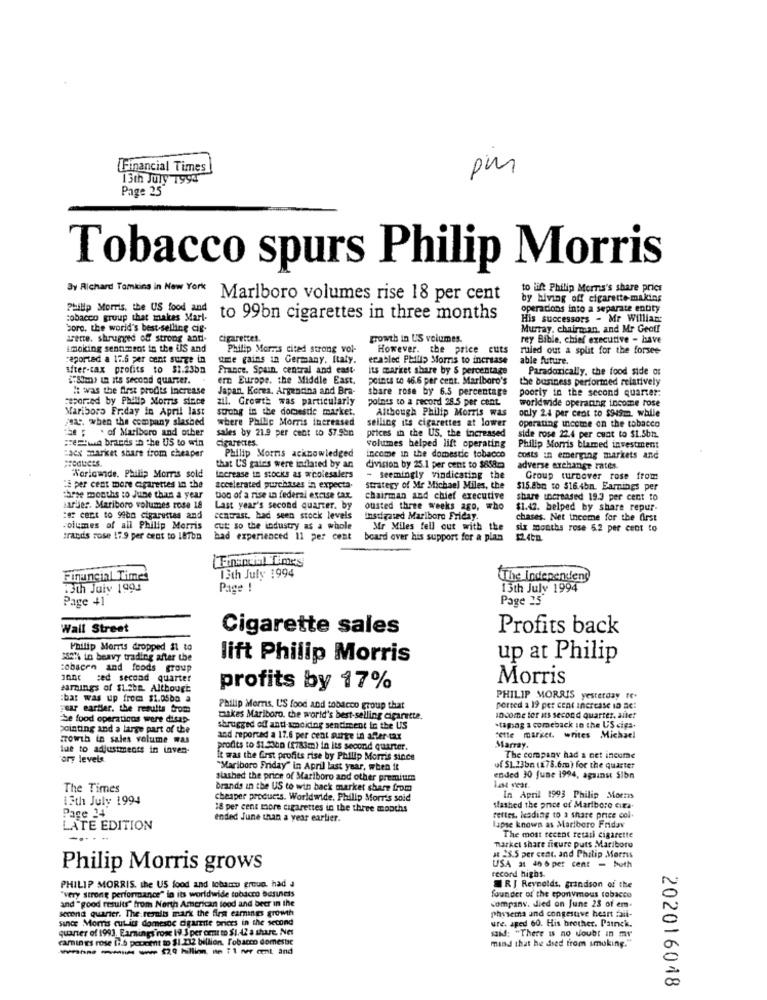
Financial Times
pm
1 3th July 1994
Page 25"
Tobacco spurs Philip Morris
By Richard Tomkins in New York
to lift Philip Morris's share price
Marlboro volumes rise 18 per cent
by hiving off cigarette-making
Phillip Morris, the US food and
operations into a separate entity
tobacco group that makes Marl-
to 99bn cigarettes in three months
His successors - Mr William
boro. the world's best-selling cig-
Murray, chairman, and Mr Geoff
Lene. shrugged of strong and.
cigarettes.
growth in US volumes.
rey Bible, chief executive - have
smoking sentiment in the ils and
Philip Mors cited strong vol-
However.
the price cuts
ruled out a split for the forsee
reported a 17.6 per cent surge in
ume gains in Germany, Italy.
enabled Philip Morris to increase
able future.
after-tax profits to $1.23bn
France, Spain, central and east-
its market share by 5 percentage
Paradoxically, the food side or
$8m) in its second quarter.
ern Europe. the Middle East.
points to 46.6 per cent. Marlboro's
the business performed relatively
#: was the first prodis increase
Japan. Korea, Argentina and Bra-
share rose by 6.5 percentage
caporzed by Phillip Morris since
211. Growth was particularly
points to a record 28.5 per cent.
poorly in the second quarter.
Mariboro Friday in April last
strong in the domestic market.
Although Philip Morris was
worldwide operating income rose
st. when the company slashed
where Phillip Morris increased
selling its cigarettes at lower
only 2.4 per cent to $949m. while
operating income on the tobacco
"se ; . of Mariboro and other
sales by 21.9 per cent to 57.9bn
prices in the US. the increased
Ferwa brands to the US to win
cigarettes.
volumes helped lift operating
side rose 22.4 per cunt to $1.5bn.
Philip Morris blamed investment
caex market share from cheaper
Philip Morris acknowledged
income in the domestic tobacco
costs in emerging markets and
that US gains were indlared by an
division by 25.1 per cent to $858.m
adverse exchange rates.
Worldwide. Phillip Morris sold
Increase in stockts as wholesalers
- seemingly vindicating the
Group turnover rose from
:E per cent more cigarettes in the
accelerated purchases in expecta-
strategy of Me Michael Miles, the
$15.8bn to $16.4bn. Earnings per
three months to June than a year
ton of a rise in federal excise tax
chairman and chief executive
share increased 19.3 per cent to
Barber. Mariboro volumes rose 18
Last year's second quarter. by
ousted three weeks ago, who
$1.42. belped by share repur.
:e cet to sebo cigarettes and
centrast. had seen stock levels
Instigated Maribore Friday.
chases. Net income for the first
volumes of all Philip Morris
cut: so the industry as a whole
Mr Miles fell out with the
six months rose 6.2 per cent to
trands rose 179 per cent to 187ba
bad experienced 11 per cent board over his support for a plan
Financial Times
13th July 1994
Financial Times
The Independeng
13th July 1993
Page !
13th July 1994
Page 41
Page 25
Wall Street
Cigarette sales
Profits back
Philip Morris dropped 31 to
30% in beavy trading after the
lift Philip Morris
up at Philip
:obscen and foods group
red second quarter
Morris
Harings of $1.2bn. Although
profits by 17%
:bar was up from $1.0500 a
PHILIP MORRIS yesterday fe.
"car cartier, the results from
Philip Merns, US food and tobacco group that
ported a 19 per cent Increase ID Sc:
Se food operations were disap-
Dakes Mariboro, the world's best-selling cigarette.
so come ter its second quarter, aillet
pointing and a large part of the
shrugged off anti-amdiding sentiment in the US
staging a comeback in the US cigs.
growth in sales volume was
and reported a 17.6 per cent surge in after tax
cette market, writes Michael
Marray.
tue to adjustments in inven-
profits to $1.Sohn (1783m) in its second quarter.
ory levels.
it was the Grst profits rise by Philip Morris since
The company had a net income
"Mariboro Friday" in April last year, when it
uf $1.13bn (278.6m) for the quarter
slashed the price of Marlboro and other premitime
ended 30 june 1994, against Sibn
The Times
brands in the US to win back market share from
13th July 1994
cheaper products. Worldwide. Philip Morris soid
In April 1993 Philip Morris
Page 24
18 per cent more cigarettes in the three months
Mashed the price of Marlboro cira-
ended June than a year earlier.
rettes, leading to a share price col.
LATE EDITION
lapse known as Marlboro Friday
The most recent retail cigarette
market share figure puts Mariboru
at 2S.5 per cent. and Philip Morris
Philip Morris grows
USA at 46 6 per cent - buth
record highs.
PHILIP MORRIS, the US food and lobano group, had a
RJ Reynolds, grindson of the
"very strong performance" lo its worldwide tobacco business
founder of the eponymous tobacco
company. died on June 23 of em.
second quarter. The results mark the first earnings growth
and "good results" from North American food and beer in the
phasema und congestive heart fall-
since Morris cut its domesoc digarte prices in the second
quarter of 1993. Earnings rose 19.3 per omt to $1.42 a share. Net
ure. aged 60. His brother. Painck.
said: "There is no doubt in my
camings rose fi.6 percent to $1.232 billion, Tobacco domestic
mind that he died from smoking."
202016048